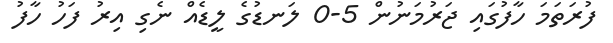
ފުރަތަމަ ހާފުގައި ޖަރުމަނުން 5-0 ލަނޑުގެ ލީޑެއް ނެގި އިރު ފަހު ހާފު